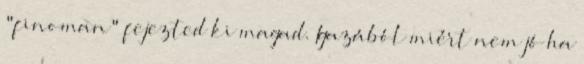
"finoman" fejezted ki magad. Igazából miért nem jó ha